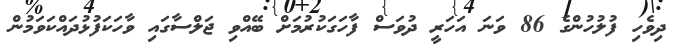
ދިވެހި ފުލުހުންގެ 86 ވަނަ އަހަރީ ދުވަސް ފާހަގަކުރުމަށް ބޭއްވި ޖަލްސާގައި ވާހަކަފުޅުދައްކަވަމުން